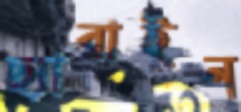
ছ্যারাইন